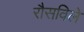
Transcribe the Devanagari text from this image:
रौसविले